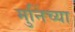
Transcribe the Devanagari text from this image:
मुनिंच्या